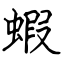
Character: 蝦